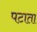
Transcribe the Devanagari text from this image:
पटाता